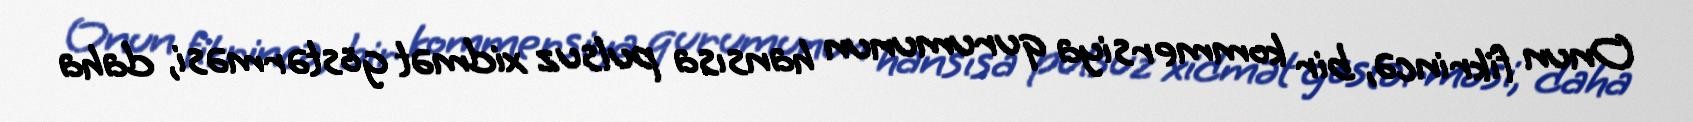
Onun fikrincə, bir kommersiya qurumunun hansısa pulsuz xidmət göstərməsi, daha